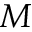
M